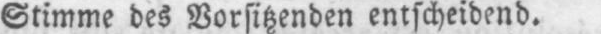
Stimme des Vorsitzenden entscheidend.